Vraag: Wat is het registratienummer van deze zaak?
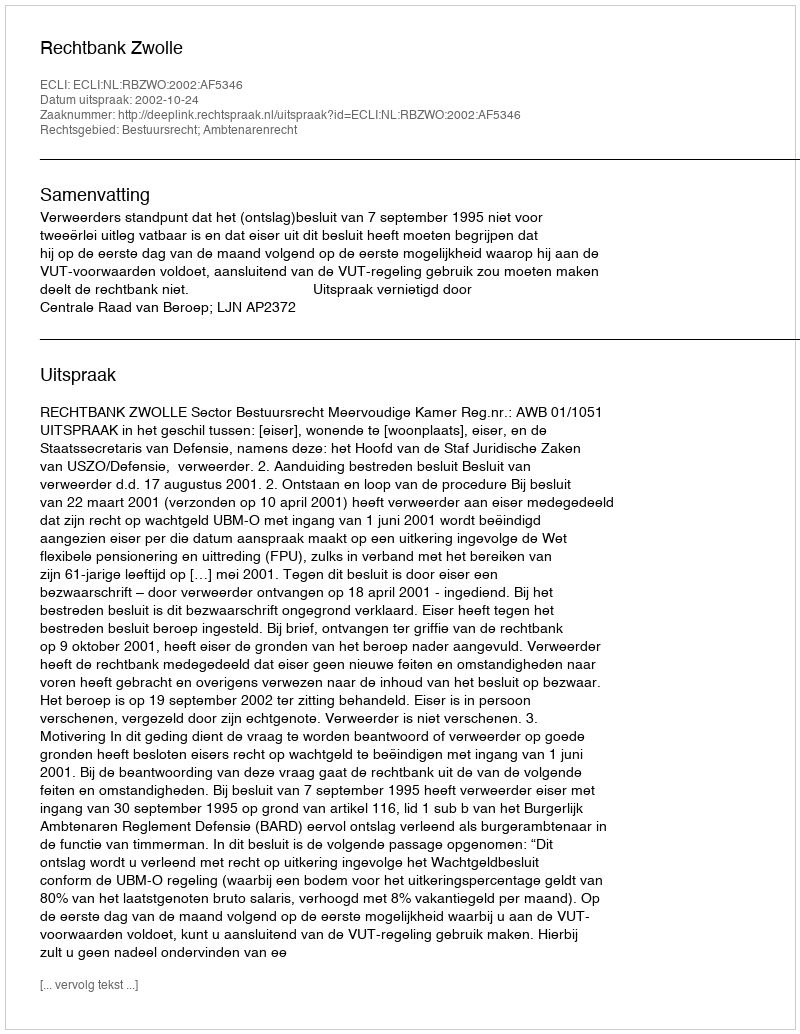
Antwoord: http://deeplink.rechtspraak.nl/uitspraak?id=ECLI:NL:RBZWO:2002:AF5346